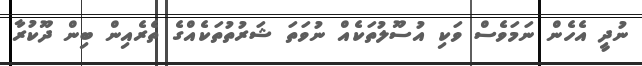
ނުދީ އެހެން ނަމަވެސް ވަކި އުސޫލުތަކެއް ނުވަތަ ޝަރުުތުތަކެއްގެ ތެރެއިން ބިން ދޫކުރާ